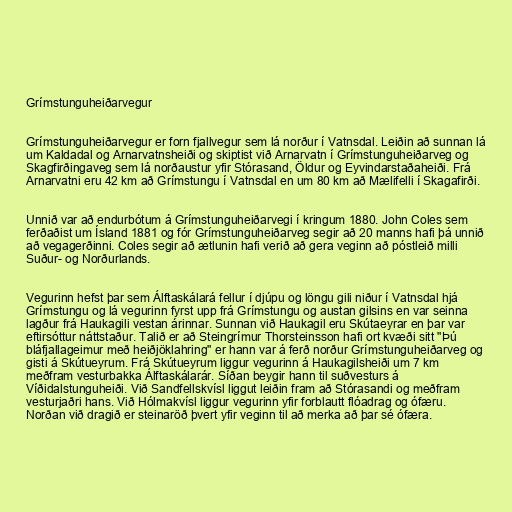
Grímstunguheiðarvegur

Grímstunguheiðarvegur er forn fjallvegur sem lá norður í Vatnsdal. Leiðin að sunnan lá
um Kaldadal og Arnarvatnsheiði og skiptist við Arnarvatn í Grímstunguheiðarveg og
Skagfirðingaveg sem lá norðaustur yfir Stórasand, Öldur og Eyvindarstaðaheiði. Frá
Arnarvatni eru 42 km að Grímstungu í Vatnsdal en um 80 km að Mælifelli í Skagafirði.

Unnið var að endurbótum á Grímstunguheiðarvegi í kringum 1880. John Coles sem
ferðaðist um Ísland 1881 og fór Grímstunguheiðarveg segir að 20 manns hafi þá unnið
að vegagerðinni. Coles segir að ætlunin hafi verið að gera veginn að póstleið milli
Suður- og Norðurlands.

Vegurinn hefst þar sem Álftaskálará fellur í djúpu og löngu gili niður í Vatnsdal hjá
Grímstungu og lá vegurinn fyrst upp frá Grímstungu og austan gilsins en var seinna
lagður frá Haukagili vestan árinnar. Sunnan við Haukagil eru Skútaeyrar en þar var
eftirsóttur náttstaður. Talið er að Steingrímur Thorsteinsson hafi ort kvæði sitt "Þú
bláfjallageimur með heiðjöklahring" er hann var á ferð norður Grímstunguheiðarveg og
gisti á Skútueyrum. Frá Skútueyrum liggur vegurinn á Haukagilsheiði um 7 km
meðfram vesturbakka Álftaskálarár. Síðan beygir hann til suðvesturs á
Víðidalstunguheiði. Við Sandfellskvísl liggut leiðin fram að Stórasandi og meðfram
vesturjaðri hans. Við Hólmakvísl liggur vegurinn yfir forblautt flóadrag og ófæru.
Norðan við dragið er steinaröð þvert yfir veginn til að merka að þar sé ófæra.